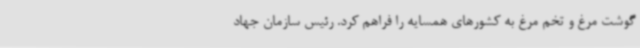
گوشت مرغ و تخم مرغ به کشورهای همسایه را فراهم کرد. رئیس سازمان جهاد